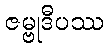
ဇမ္ဗုဒီပဿ